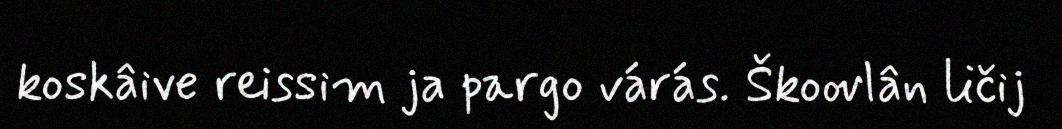
koskâive reissim ja pargo várás. Škoovlân ličij